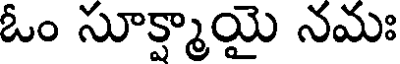
ఓం సూక్ష్మాయై నమః